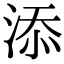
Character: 添